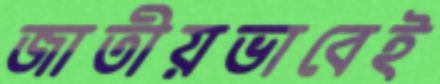
জাতীয়ভাবেই